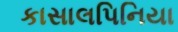
કાસાલપિનિયા